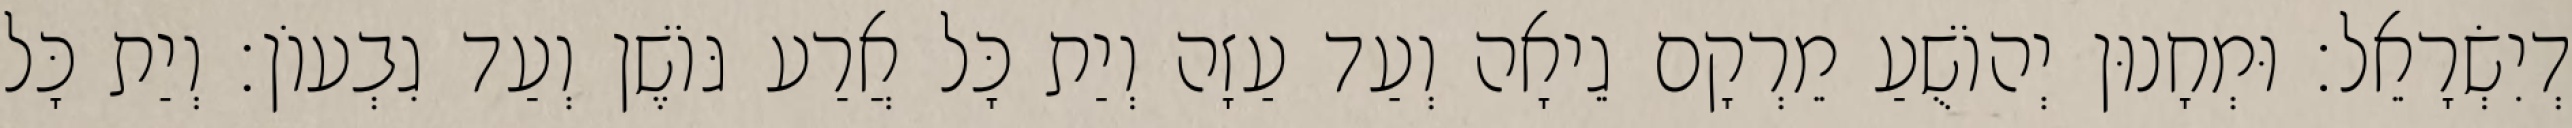
דְיִשְׂרָאֵל׃ וּמְחָנוּן יְהוֹשֻׁעַ מֵרְקָם גֵיאָה וְעַד עַזָה וְיַת כָּל אֲרַע גּוֹשֶׁן וְעַד גִבְעוֹן׃ וְיַת כָּל